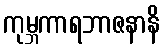
ကုမ္ဘကာရဘာဇနာနိ